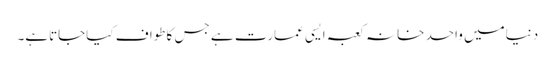
دنیامیں واحد خانہ کعبہ ایسی عمارت ہے جس کاطواف کیاجاتاہے۔